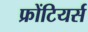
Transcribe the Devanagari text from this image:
फ्रोंटियर्स